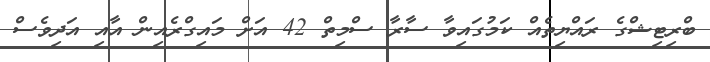
ބްރިޓިޝްގެ ރައްޔިތެއް ކަމުގައިވާ ސާރާ ސްމިތް 42 އަށް މައިގްރެއިން އާއި އަދިވެސް